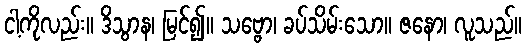
ငါ့ကိုလည်း။ ဒိသွာန၊ မြင်၍။ သဗ္ဗော၊ ခပ်သိမ်းသော။ ဇနော၊ လူသည်။